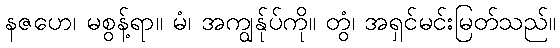
နဇဟေ၊ မစွန့်ရာ။ မံ၊ အကျွန်ုပ်ကို။ တွံ၊ အရှင်မင်းမြတ်သည်။